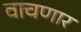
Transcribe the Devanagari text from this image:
वाचणार